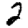
Digit: 2